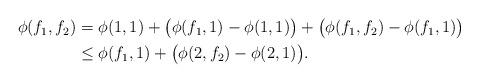
LaTeX: \begin{align*}\begin{aligned}\phi(f_1,f_2) &= \phi(1, 1) + \bigl(\phi(f_1,1) - \phi(1,1)\bigr) + \bigl(\phi(f_1,f_2) - \phi(f_1,1)\bigr)\\& \leq \phi(f_1,1) + \bigl(\phi(2,f_2) - \phi(2,1)\bigr).\end{aligned}\end{align*}